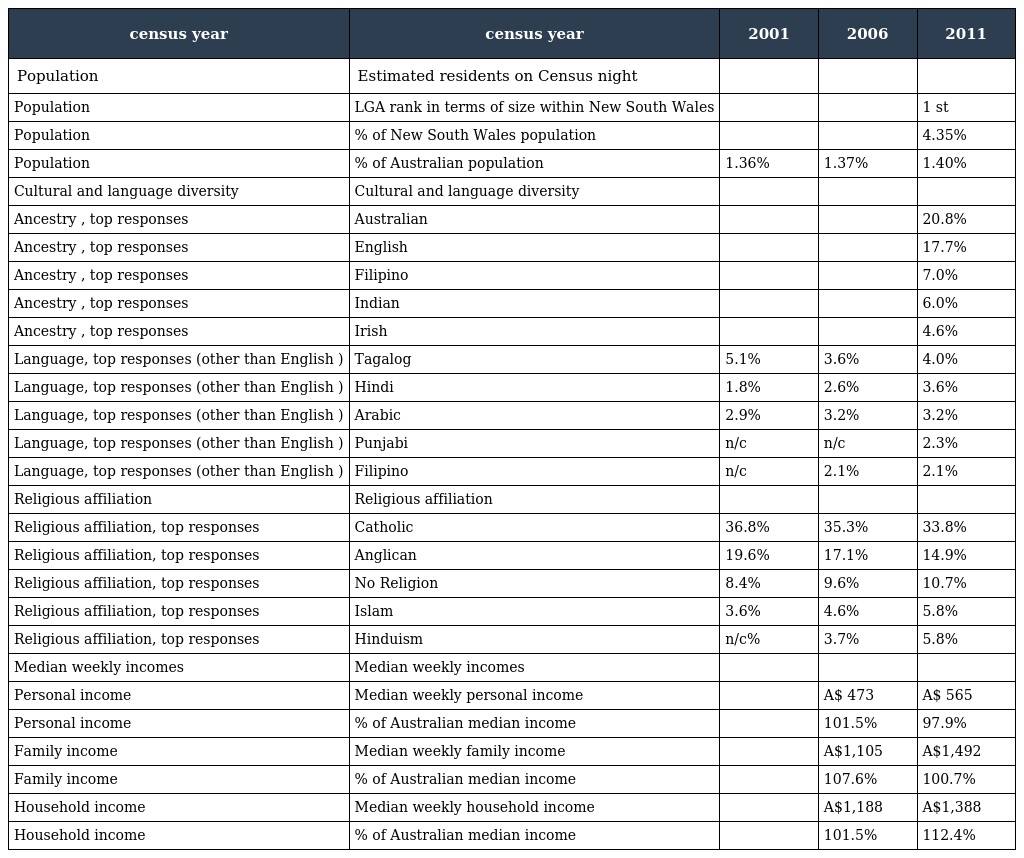
| census year | census year | 2001 | 2006 | 2011 |
 | --- | --- | --- | --- | --- |
 | Population | Estimated residents on Census night |  |  |  |
 | Population | LGA rank in terms of size within New South Wales |  |  | 1 st |
 | Population | % of New South Wales population |  |  | 4.35% |
 | Population | % of Australian population | 1.36% | 1.37% | 1.40% |
 | Cultural and language diversity | Cultural and language diversity |  |  |  |
 | Ancestry , top responses | Australian |  |  | 20.8% |
 | Ancestry , top responses | English |  |  | 17.7% |
 | Ancestry , top responses | Filipino |  |  | 7.0% |
 | Ancestry , top responses | Indian |  |  | 6.0% |
 | Ancestry , top responses | Irish |  |  | 4.6% |
 | Language, top responses (other than English ) | Tagalog | 5.1% | 3.6% | 4.0% |
 | Language, top responses (other than English ) | Hindi | 1.8% | 2.6% | 3.6% |
 | Language, top responses (other than English ) | Arabic | 2.9% | 3.2% | 3.2% |
 | Language, top responses (other than English ) | Punjabi | n/c | n/c | 2.3% |
 | Language, top responses (other than English ) | Filipino | n/c | 2.1% | 2.1% |
 | Religious affiliation | Religious affiliation |  |  |  |
 | Religious affiliation, top responses | Catholic | 36.8% | 35.3% | 33.8% |
 | Religious affiliation, top responses | Anglican | 19.6% | 17.1% | 14.9% |
 | Religious affiliation, top responses | No Religion | 8.4% | 9.6% | 10.7% |
 | Religious affiliation, top responses | Islam | 3.6% | 4.6% | 5.8% |
 | Religious affiliation, top responses | Hinduism | n/c% | 3.7% | 5.8% |
 | Median weekly incomes | Median weekly incomes |  |  |  |
 | Personal income | Median weekly personal income |  | A$ 473 | A$ 565 |
 | Personal income | % of Australian median income |  | 101.5% | 97.9% |
 | Family income | Median weekly family income |  | A$1,105 | A$1,492 |
 | Family income | % of Australian median income |  | 107.6% | 100.7% |
 | Household income | Median weekly household income |  | A$1,188 | A$1,388 |
 | Household income | % of Australian median income |  | 101.5% | 112.4% |